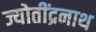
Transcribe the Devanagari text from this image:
ज्योतींद्रनाथ